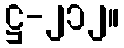
ဋ္ဌ-၂၁၂။